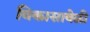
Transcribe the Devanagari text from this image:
विकासावेळी